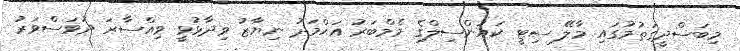
މިބަސްދީގަތުމުގައި މާލޭ ސިޓީ ކައުންސިލްގެ މެމްބަރު އަޙްމަދު ނިޔާޒު ވިދާޅުވީ ވިއްސާރަ ދުވަސްވަރު